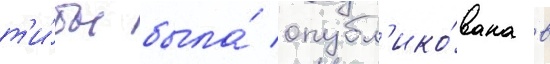
т'и́бы была́ опубл'ико́вана в